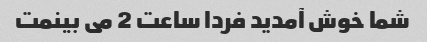
شما خوش آمدید فردا ساعت 2 می بینمت